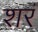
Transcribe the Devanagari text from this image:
शरं